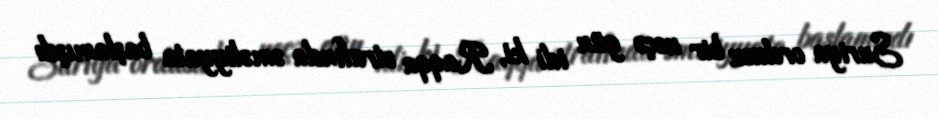
Suriya ordusu bir neçə gün idi ki, Raqqa ətrafında əməliyyata başlamışdı